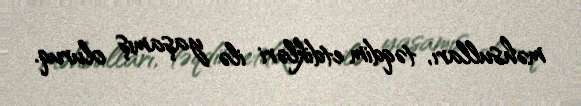
məhsulları, təqdim etdikləri ilə yaşamış oluruq.